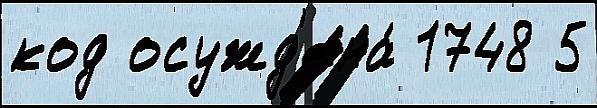
код осужд'ена́ 1748 5